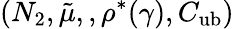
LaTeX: (N_{2},\tilde{\mu},,\rho^{*}(\gamma),C_{\mathrm{ub}})